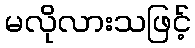
မလိုလားသဖြင့်